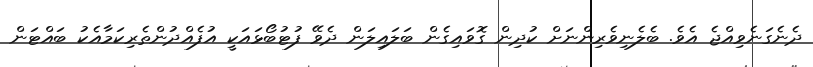
ދެނެގަނެވިއްޖެ އެވެ. ބެލެނިވެރިންނަށް ކުދިން ގޮވައިގެން ބަލައިލަން ދެވޭ ފުޓުބޯޅައަކީ އުފެއްދުންތެރިކަމާއެކު ބައްޓަން